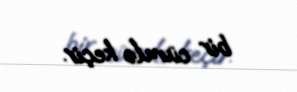
bir cümlə keçir.